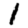
Digit: 1